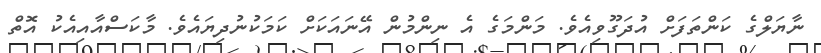
ނާޔަލްގެ ކަންތަފަށް އުދަގޫވިއެވެ. މަންމަގެ އެ ނިންމުން އޭނައަކަށް ކަމަކުނުދިޔައެވެ. މާކަސްއާއިއެކު އޮތް